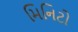
મિનિટો